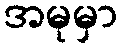
အမုမှာ